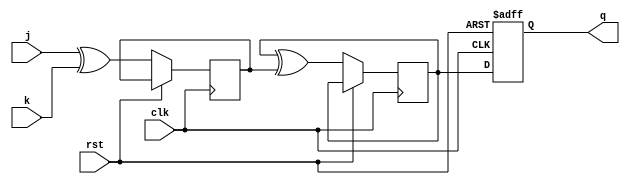
module t_flip_flop_with_jk_inputs (
    input wire clk,
    input wire rst,
    input wire j,
    input wire k,
    output reg q
);

reg t_ff;
reg jk_xor;

always @(posedge clk or posedge rst) begin
    if (rst) begin
        q <= 1'b0;
    end else begin
        jk_xor <= j ^ k;
        t_ff <= t_ff ^ jk_xor;
        q <= t_ff;
    end
end

endmodule